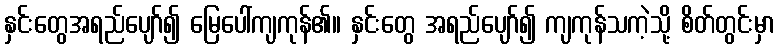
နှင်းတွေအရည်ပျော်၍ မြေပေါ်ကျကုန်၏။ နှင်းတွေ အရည်ပျော်၍ ကျကုန်သကဲ့သို့ စိတ်တွင်းမှာ